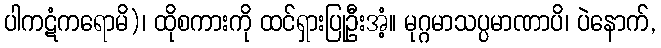
ပါကဋံကရောမိ)၊ ထိုစကားကို ထင်ရှားပြုဦးအံ့။ မုဂ္ဂမာသပ္ပမာဏာပိ၊ ပဲနောက်,